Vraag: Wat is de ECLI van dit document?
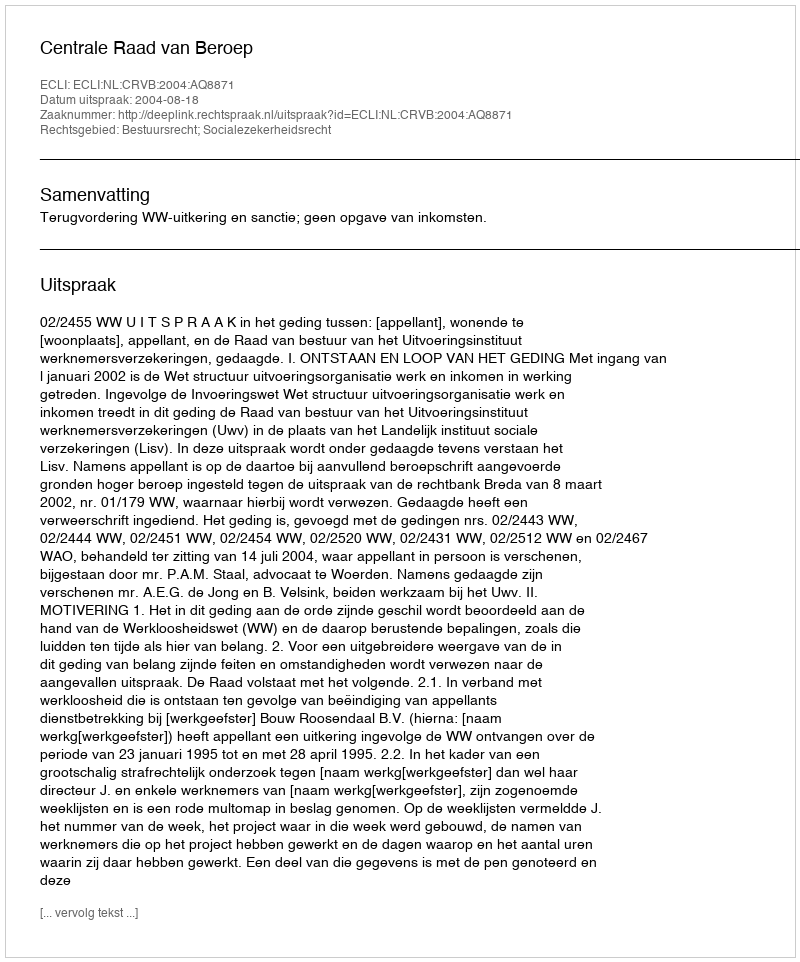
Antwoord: ECLI:NL:CRVB:2004:AQ8871